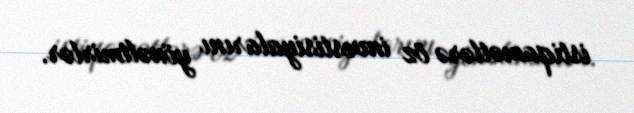
istiqamətlərə öz investisiyalarını yönəltmirlər.